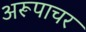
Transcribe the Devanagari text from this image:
अरूपाचर